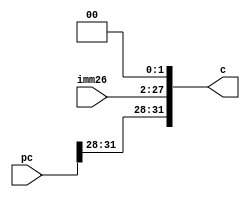
`timescale 1ns / 1ps
//////////////////////////////////////////////////////////////////////////////////
// Company: 
// Engineer: 
// 
// Design Name: 
// Module Name:    pinjie 
// Project Name: 
// Target Devices: 
// Tool versions: 
// Description: 
//
// Dependencies: 
//
// Revision: 
// Revision 0.01 - File Created
// Additional Comments: 
//
//////////////////////////////////////////////////////////////////////////////////
module pinjie(
	 input [31:0] pc,
	 input [25:0] imm26,
	 output [31:0] c
    );
	 assign c = {pc[31:28],imm26,2'b00};


endmodule